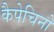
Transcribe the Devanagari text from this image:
कैपेचिनो